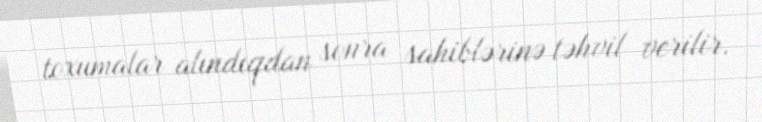
toxumalar alındıqdan sonra sahiblərinə təhvil verilir.